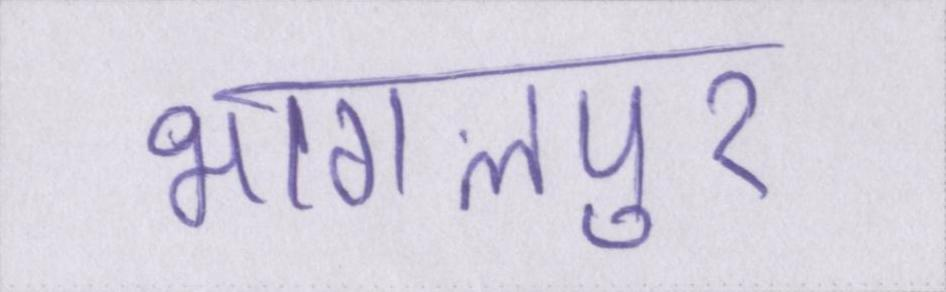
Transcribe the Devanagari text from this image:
भागलपुर